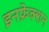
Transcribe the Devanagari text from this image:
इनफ्रेक्शन